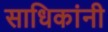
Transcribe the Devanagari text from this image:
साधिकांनी